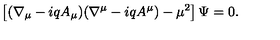
\left[ ( \nabla _ { \mu } - i q A _ { \mu } ) ( \nabla ^ { \mu } - i q A ^ { \mu } ) - \mu ^ { 2 } \right] \Psi = 0 .